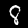
Digit: 8